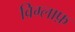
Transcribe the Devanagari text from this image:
विग्लाफ़